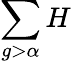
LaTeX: \sum\limits_{g>\alpha}H